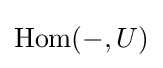
\operatorname {Hom} (-,U)